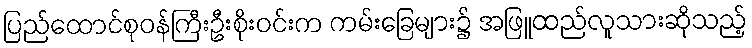
ပြည်ထောင်စုဝန်ကြီးဦးစိုးဝင်းက ကမ်းခြေများ၌ အဖြူထည်လူသားဆိုသည့်